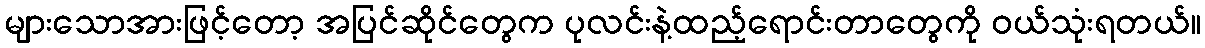
များသောအားဖြင့်တော့ အပြင်ဆိုင်တွေက ပုလင်းနဲ့ထည့်ရောင်းတာတွေကို ဝယ်သုံးရတယ်။